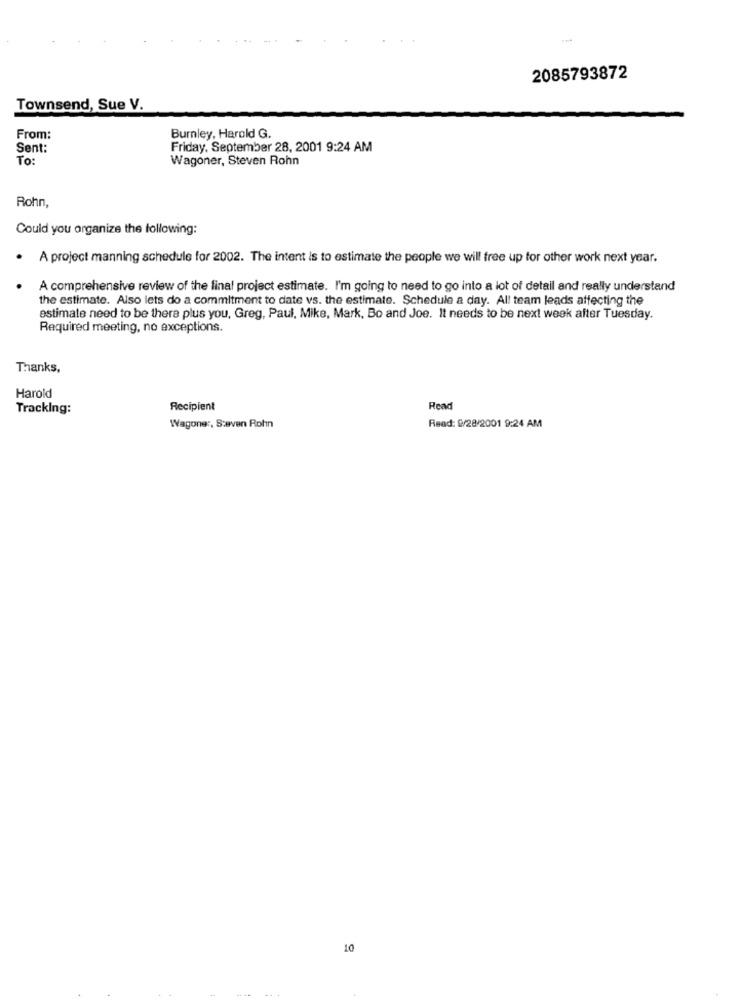
2085793872
Townsend, Sue V.
From:
Burnley, Harold G.
Sent:
Friday, September 28, 2001 9:24 AM
To:
Wagoner, Steven Rohn
Rohn,
Could you organize the following:
. A project manning schedule for 2002. The intent is to estimate the people we will free up for other work next year.
A comprehensive review of the final project estimate. I'm going to need to go into a lot of detail and really understand
the estimate. Also lets do a commitment to date vs. the estimate. Schedule a day. All team leads affecting the
estimate need to be there plus you, Greg, Paul, Mike, Mark, Bo and Joe. It needs to be next week after Tuesday.
Required meeting, no exceptions.
Thanks,
Harold
Tracking:
Recipient
Read
Wagoner, Steven Rohn
Read: 9/28/2001 9:24 AM
10